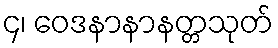
၄၊ ဝေဒနာနာနတ္တသုတ်